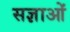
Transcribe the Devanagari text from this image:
सज्ञाओं